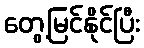
တွေ့မြင်နိုင်ပြီး